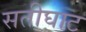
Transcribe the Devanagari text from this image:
सतीघाट